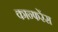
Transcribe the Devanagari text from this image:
कान्फरेंस